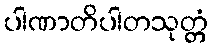
ပါဏာတိပါတသုတ္တံ